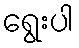
ရွေးပါ